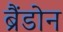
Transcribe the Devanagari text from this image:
ब्रैंडोन